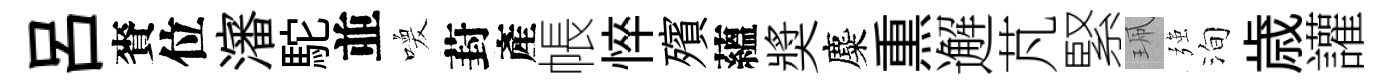
呂賚位瀋駝並喚葑產帳悴殯蘊奬麋𤋱邂芃緊珮强洵歳讙